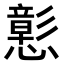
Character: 𢣪